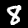
Label: 8